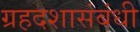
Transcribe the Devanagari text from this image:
ग्रहदशासंबंधी